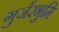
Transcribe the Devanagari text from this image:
गुर्जरभुमि